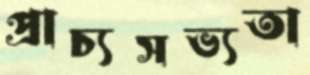
প্রাচ্যসভ্যতা